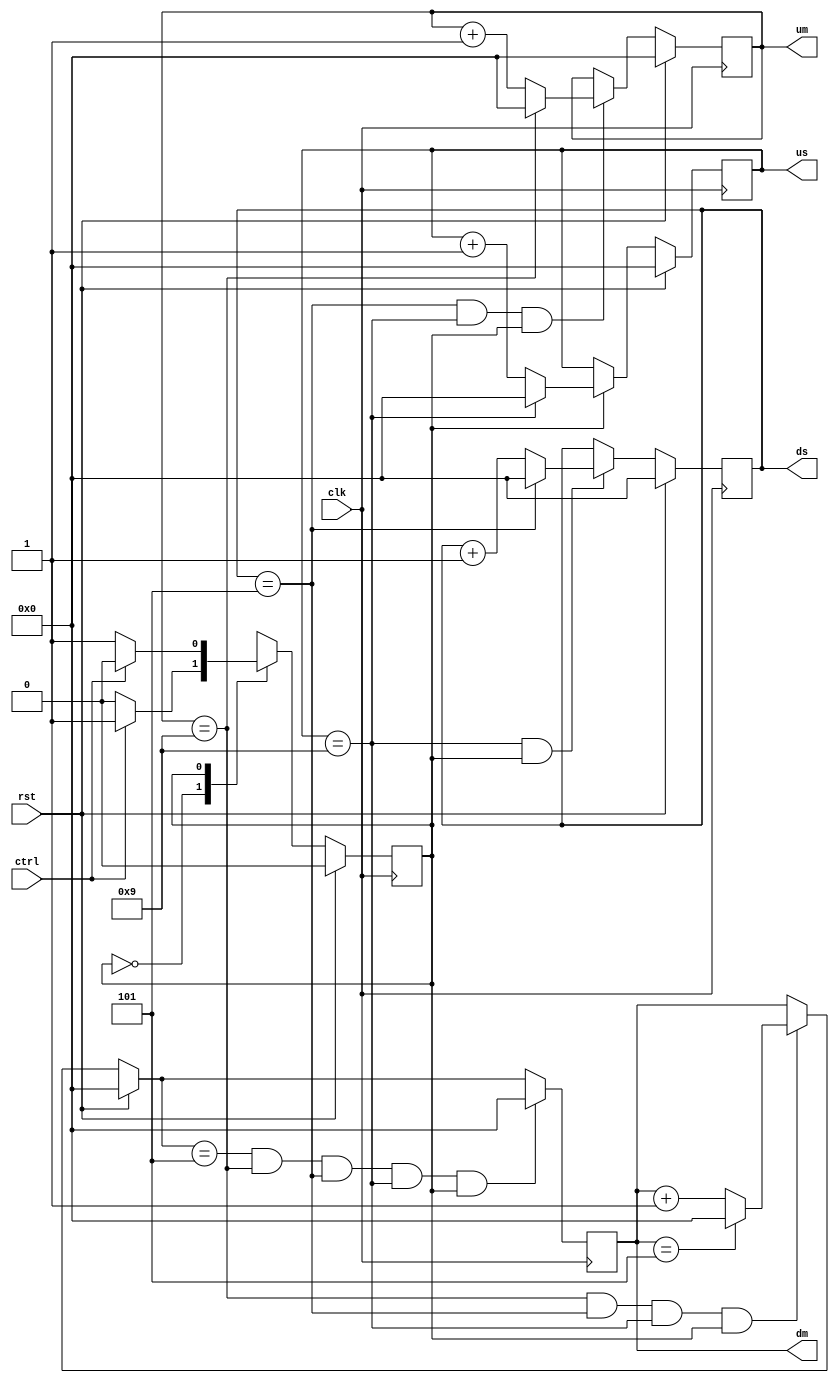
//Cronometro de hasta el 59 min

//Modulo

module crono59m (clk,rst,ctrl,um ,dm, us, ds);

	//puertos
	//sentido    tipo  tamao   nombre
	input                       clk,rst,ctrl;
	output       reg   [3:0]     um,dm,us,ds;
	
	//alambre y registros
	reg                         maquina;
	parameter         pausa=0, cuenta=1;
	
//Asignaciones
//	initial
//	begin
//		dm=5;
//		um=9;
//	end
	//seales
	//componentes
	//secuenciales



	//control de transiciones////////////////
	always@(posedge clk)
	begin
		if(rst)
			maquina=pausa;
		else
			case (maquina)
				pausa:
					begin
						if(ctrl)
							maquina=cuenta;
					end
				cuenta:
					begin
						if(ctrl)
							maquina=pausa;
					end
			endcase
	end
	
	//contador de unidades de segundo
	always@(posedge clk) //flancos de subida (posedge)
	begin
		if(rst) us=0;
		else 
		if(maquina)
		begin
			if(us==9)
				us=0;
			else
				us=us+1;
		end
		
	end
	
		//contador de decenas de segundo
	always@(posedge clk) //flancos de subida (posedge)
	begin
		if(rst) ds=0;
		else 
		if(us==9&&maquina)
		begin
			if(ds==5)
				ds=0;
			else
				ds=ds+1;
		end
	end
	
			//contador de unidades de minuto
	always@(posedge clk) //flancos de subida (posedge)
	begin
		if(rst) um=0;
		else 
		if(ds==5&&us==9&&maquina)
		begin
			if(um==9)
				um=0;
			else
				um=um+1;
		end
	end
	
				//contador de decenas de minuto
	always@(posedge clk) //flancos de subida (posedge)
	begin
		if(rst) dm=0;
		else 
		if(um==9&&ds==5&&us==9&&maquina)
		begin
			if(dm==5)
				dm=0;
			else
				dm=dm+1;
		end
		
		if(dm==5&&um==9&&ds==5&&us==9&&maquina) dm=0;
	end
	
endmodule